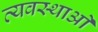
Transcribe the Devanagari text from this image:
व्यवस्थाआें